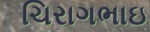
ચિરાગભાઇ